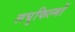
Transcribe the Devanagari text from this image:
लघुफिल्मों